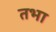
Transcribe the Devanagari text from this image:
तभा